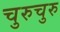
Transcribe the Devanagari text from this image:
चुरुचुरु